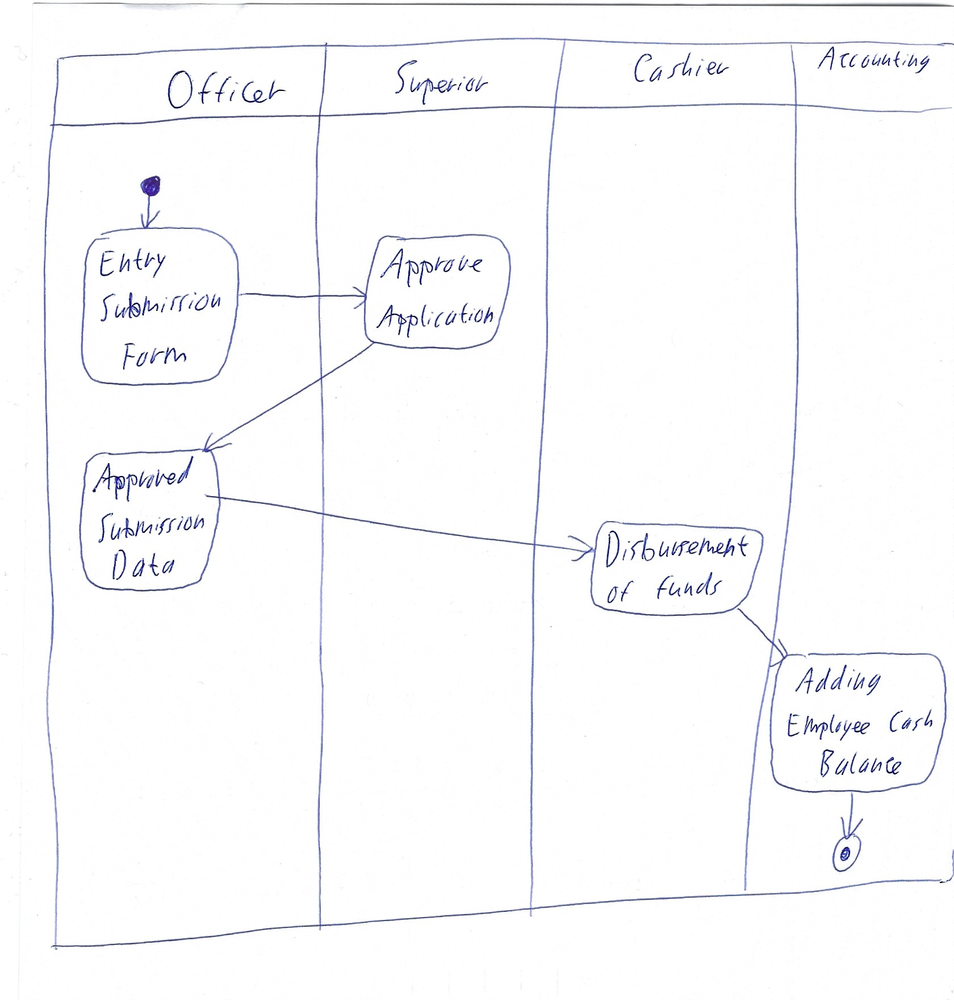
Diagram type: activity_diagram
```plantuml
@startuml

|Officer|

start

:Entry Submission Form;

|Superior|

:Approve Application;

|Officer|

:Approved Submission Data;

|Cashier|

:Disbursement of funds;

|Accounting|

:Adding Employee Cash Balance;

stop

@enduml
```